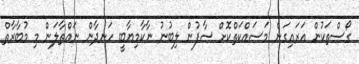
ގޯސްތަކުން އަރައިގަނެ މަސައްކަތްކޮށް ސާފުން ލިބުނު ނާކާމިޔާބީ ހަނދާން ނައްތާލަން މި މުބާރާތް